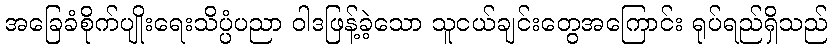
အခြေခံစိုက်ပျိုးရေးသိပ္ပံပညာ ဝါဒဖြန့်ခဲ့သော သူငယ်ချင်းတွေအကြောင်း ရုပ်ရည်ရှိသည်